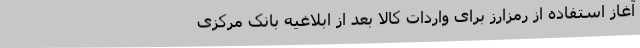
آغاز استفاده از رمزارز برای واردات کالا بعد از ابلاغیه بانک مرکزی